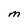
Character: m